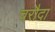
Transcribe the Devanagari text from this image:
चरौदा